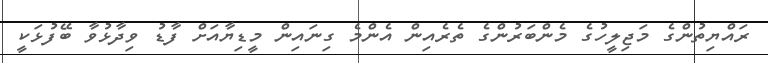
ރައްޔިތުންގެ މަޖިލީހުގެ މެންބަރުންގެ ތެރެއިން އެންމެ ގިނައިން މީޑިޔާއަށް ފާޑު ވިދާޅުވާ ބޭފުޅަކީ